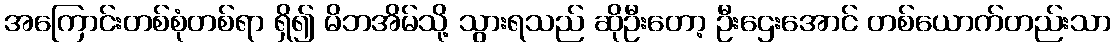
အကြောင်းတစ်စုံတစ်ရာ ရှိ၍ မိဘအိမ်သို့ သွားရသည် ဆိုဦးတော့ ဦးဌေးအောင် တစ်ယောက်တည်းသာ